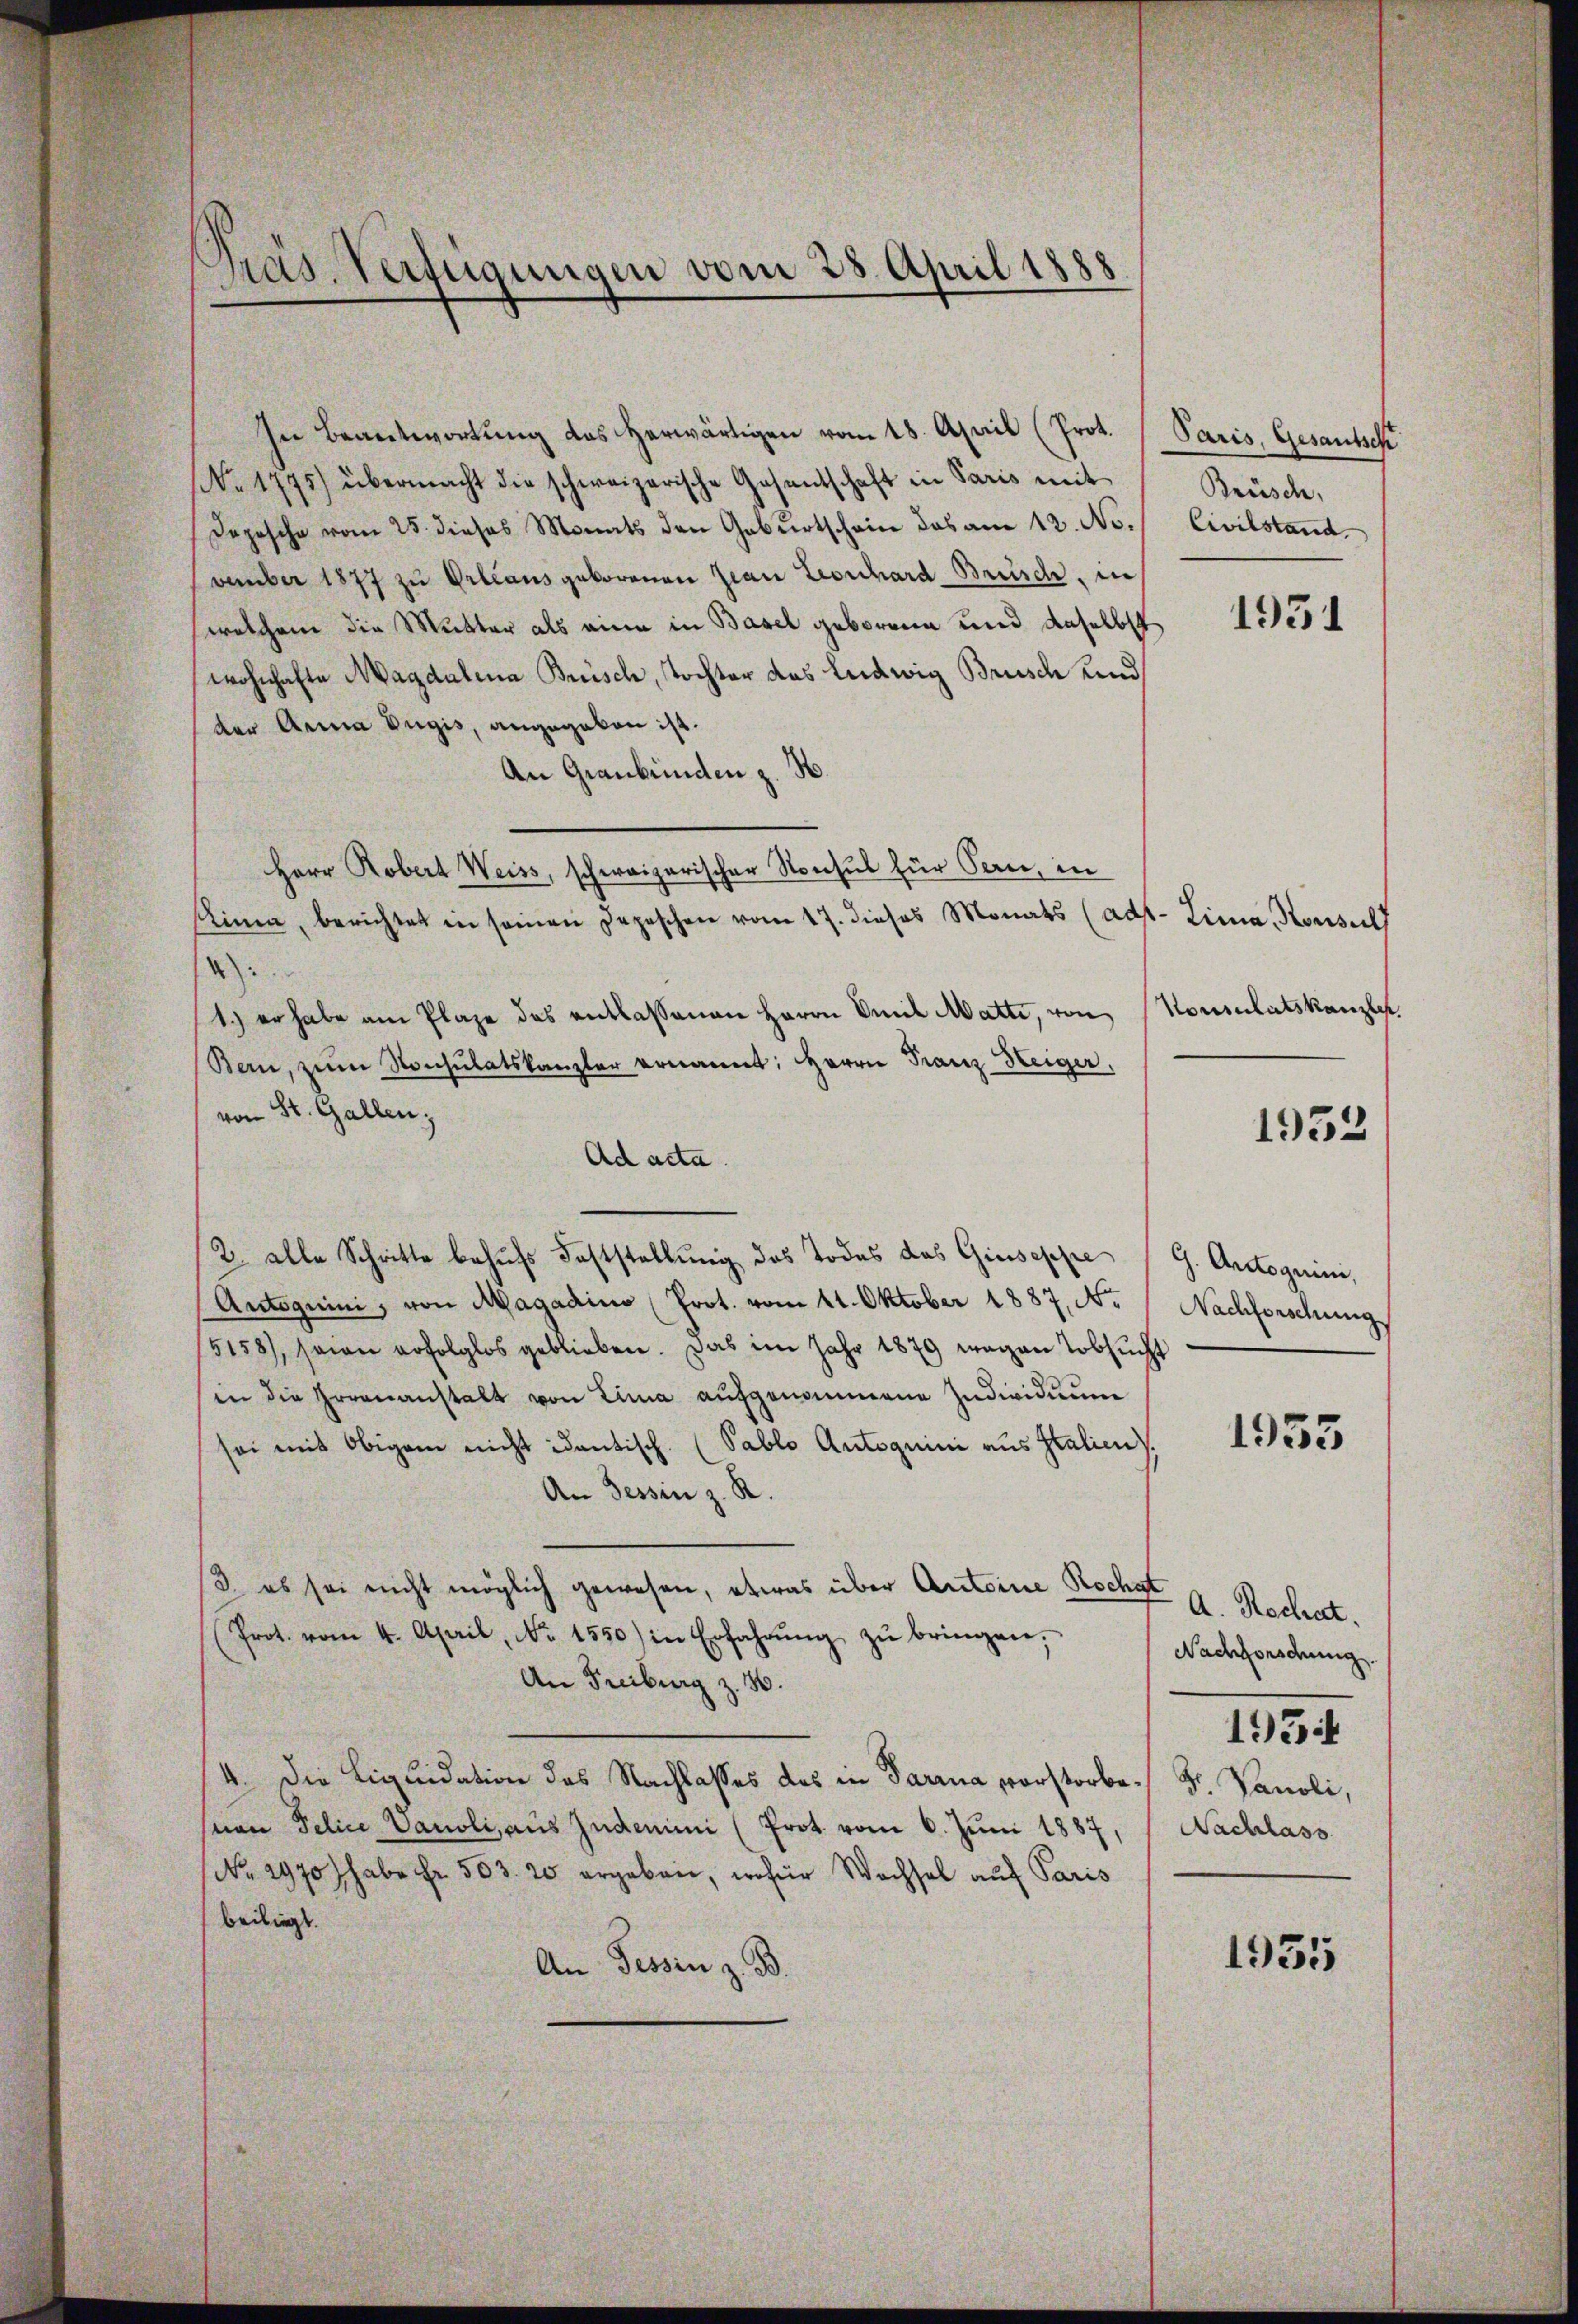
¬
Pras. Verfügungen vom 28. April 1888

In Beantwortung des herwärtigen vom 18. April (Prot. Paris, Gesantsch
NNo. 1775) übermacht die schweizerische Gesantschaft in Paris mit
Depesche vom 25. dieses Monats den Geburtschein das am 12. No.
vember 1877 zu Orleans geborenen Jean Leonhard Brüsch, in
welchem die Mutter als eine in Basel geborene und daselbst
wohnhafte Magdalena Brüsch, Tochter das Ludwig Brusch und
der Anna Bugis, angegeben ist.
An Graubünden z. B.
Herr Robert Weiss, schweizerischer Konsul für Pan, in
Kinne, berichtet in seinen Depeschen vom 17. dieses Monats (adt- Lima, Konsult
4):
1.) er habe am Plaze des entlassenen Herrn Amil Matte, von Konsulatskanzler,
Bern, zŭm Konsulatskanzler ernannt: Herrn Franz Steiger,
von St. Gallen;
Ad acta.
2. alle Schritte behufs Feststellung des Todes das Giuseppe (G. Arctoguini,
Autoguini, von Magadino (Prot. vom 11. Oktober 1887, No
5158), seien erfolglos geblieben. Das im Jahr 1879 wegen Tobsucht
in die Irrenanstalt von Lina aufgenommene Individuum
sei mit Obigen nicht identisch. (Pablo Autoquini aus Italien).
An Tessin z. R.
/3. es sei nicht möglich gewesen, etwas über Antoine Rochst
(Prot. vom 4. April, No 1550) in Erfahrŭng zŭ bringen.
An Freiburg z. 36.
4. Die Liquidation des Nachlasses des in darina vorstorbe. Hr. Panoli,
snen Police Vauoli, aus Zudemini (Prot. vom 6. Juni 1887, Nachlass
(No. 2970 habe Fr. 563. 20 ergeben, wofür Wachsel auf Paris
beiliegt.
An Tessin z. B.

Brüsch,
Civilstand.

1931

1953

Nachforschung

1935

A. Rechat.
Nachforschung.

1934

1935